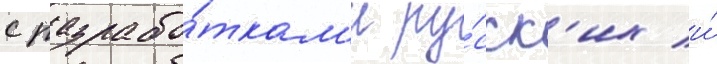
с разрабо́ткам'и ру́сск'их и́